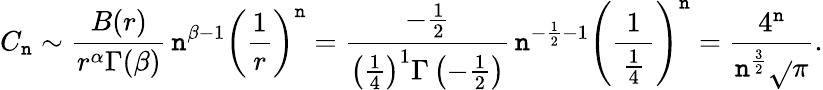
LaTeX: C_{\mathtt{n}}\sim{\frac{{B(r)}}{{r^{\alpha}\Gamma(\beta)}}}\, \mathtt{n}^{\beta-1}\left({\frac{{1}}{{r}}}\right)^{\mathtt{n}}={\frac{{-{\frac{{1}}{{2}}}}}{{\left({\frac{{1}}{{4}}}\right)^{1}\Gamma\left(-{\frac{{1}}{{2}}}\right)}}}\, \mathtt{n}^{-{\frac{{1}}{{2}}}-1}\left({\frac{{1}}{{\, {\frac{{1}}{{4}}}\, }}}\right)^{\mathtt{n}}={\frac{{4^{\mathtt{n}}}}{{\mathtt{n}^{\frac{{3}}{{2}}}{\sqrt{}{{\pi}}}}}}.